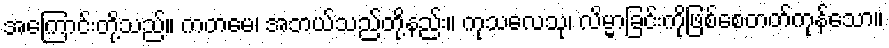
အကြောင်းတို့သည်။ ကတမေ၊ အဘယ်သည်တို့နည်း။ ကုသလေသု၊ လိမ္မာခြင်းကိုဖြစ်စေတတ်ကုန်သော။